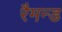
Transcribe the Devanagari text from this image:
रैमन्ड